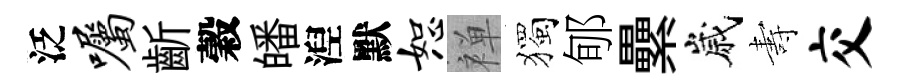
泛嘱齗穀皤湼默恕禅獨郇纍嵗夀交